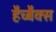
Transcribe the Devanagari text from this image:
हैच्बैक्स